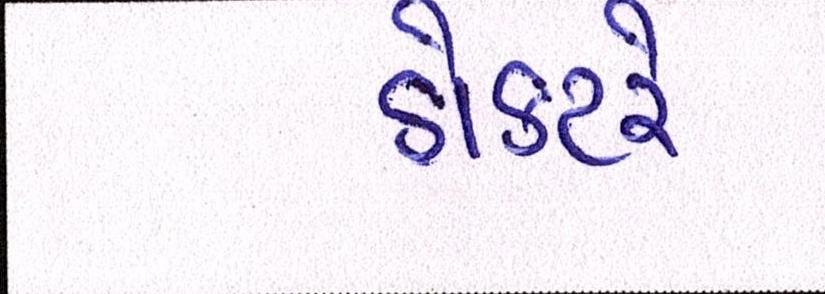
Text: ડોક્ટરે